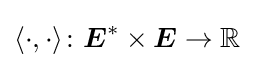
\langle \cdot ,\cdot \rangle \colon {\boldsymbol {E}}^{\ast }\times {\boldsymbol {E}}\to \mathbb {R}